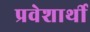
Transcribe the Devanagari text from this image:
प्रवेशार्थी